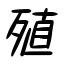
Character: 殖